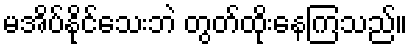
မအိပ်နိုင်သေးဘဲ တွတ်ထိုးနေကြသည်။